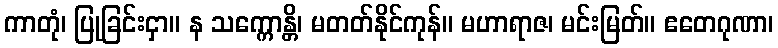
ကာတုံ၊ ပြုခြင်းငှာ။ န သက္ကောန္တိ၊ မတတ်နိုင်ကုန်။ မဟာရာဇ၊ မင်းမြတ်။ ဧတေဂုဏာ၊